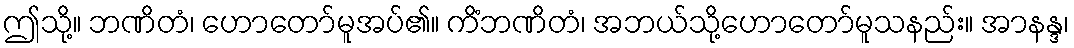
ဤသို့။ ဘဏိတံ၊ ဟောတော်မူအပ်၏။ ကိံဘဏိတံ၊ အဘယ်သို့ဟောတော်မူသနည်း။ အာနန္ဒ၊